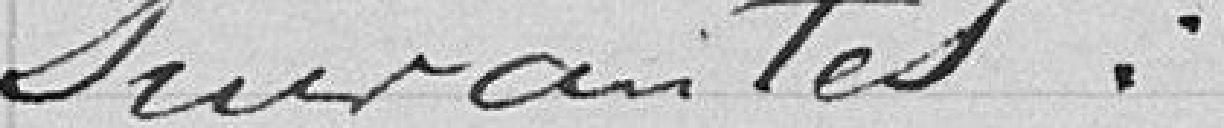
suivantes :